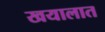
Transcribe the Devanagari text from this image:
खयालात